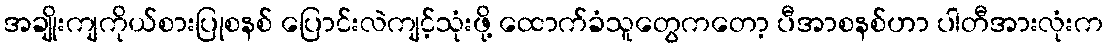
အချိုးကျကိုယ်စားပြုစနစ် ပြောင်းလဲကျင့်သုံးဖို့ ထောက်ခံသူတွေကတော့ ပီအာစနစ်ဟာ ပါတီအားလုံးက